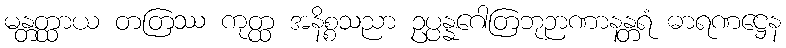
မန္တတ္ထာယ တတြဿ ကုတ္ထ အနိစ္စသညာ ဥပ္ပန္နဂေါတြဘုဉာဏာနန္တရံ ဓာရဏဋ္ဌေန